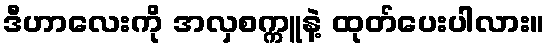
ဒီဟာလေးကို အလှစက္ကူနဲ့ ထုတ်ပေးပါလား။